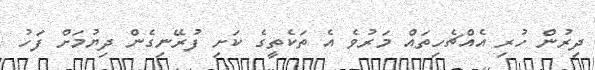
ދިރުން ހުރި އެއްޗެހިތައް މަރުވެ އެ ތަކެތީގެ ކަށި ފުރޭނިގެން ދިޔުމަށް ފަހު